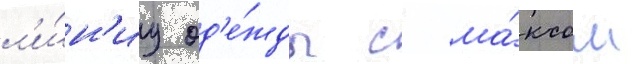
л'и́н'иу од'е́жды с ма́ксом